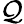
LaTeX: {\cal Q}